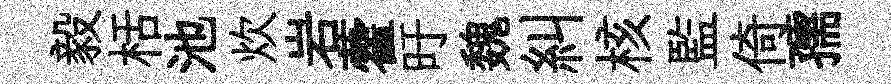
毅栝池炊岩藿旴魏糾核監倚孺